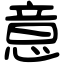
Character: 意